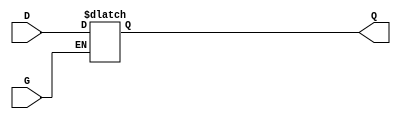
module gated_latch (
    input wire D,      // Data Input
    input wire G,      // Enable Signal
    output reg Q       // Output
);

// Always block that is sensitive to the enable signal
always @(*) begin
    if (G) begin
        Q = D;        // When G is HIGH, Q follows D
    end
    // When G is LOW, Q retains its previous value (latch behavior)
end

endmodule